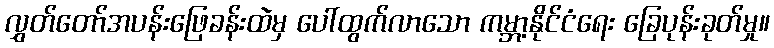
လွှတ်တော်အပန်းဖြေခန်းထဲမှ ပေါ်ထွက်လာသော ကမ္ဘာ့နိုင်ငံရေး ခြေပုန်းခုတ်မှု။